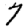
Digit: 7